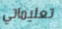
تعليماتي